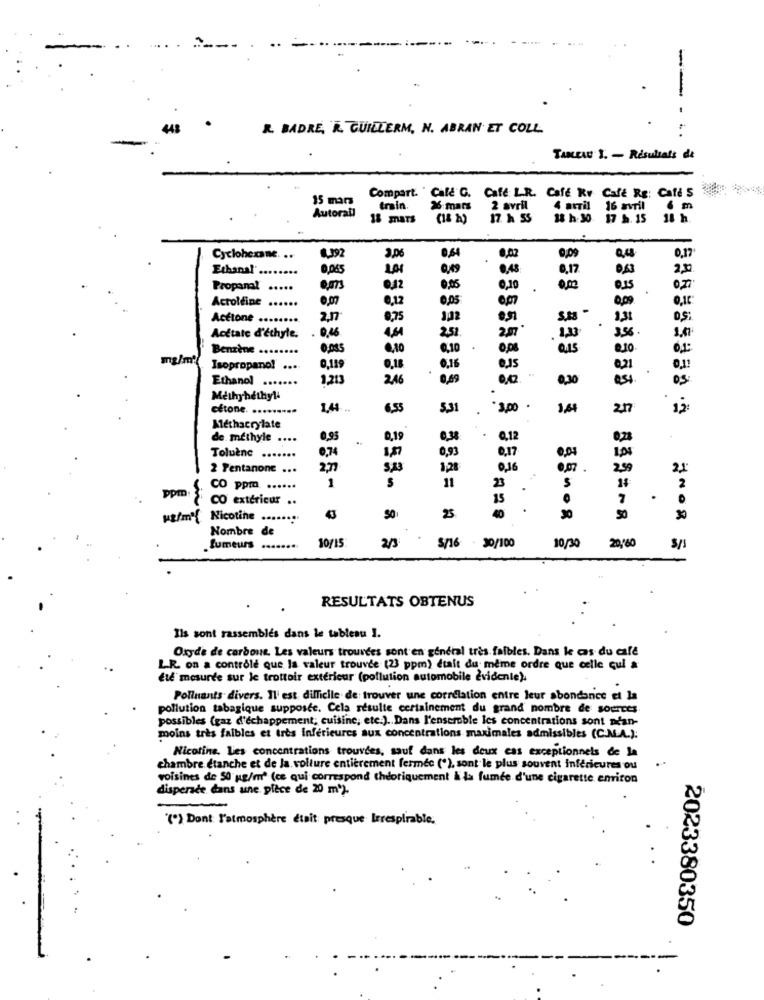
.. .
R. BADRE, R. GUILLERM, N. ABRAN ET COLL
TABLEAU I. - Résultats de
15 mars
Compart. Cale G. Cafe LR. Cafe Kr Cafe Rg: Cafe $
train.
26 mars
2 avril
4 avril
16 avril
6 m
Autorail
18 mars
(18 h)
17. h 5$
18 h:30 17 5. 15
18 h.
LI'O
Cyclohcome. ..
1,392
3,06
0,64
8,02
0,09
0,4
Ethanal ...
0,055
0,48
8,17
Propanal
.....
0,42
0,05
0,10
0,00
Actoléine ......
0,12
0,05
0,00
Actione
........
2,7
0,75
3,32
2.31
0,46
Acetate d'éthyle.
4.4
2,51
Benzène
0,10
0,10
0,ps
0,15
.10
ire
mg/ml
Isopropano!
...
0,189
0,18
0.15
0,21
Ethanol
......
1,213
2,46
0,00
0,30
Methyhethyl4
cétone. .........
1.4
6.55
5,31
.3,00 .
1,6
217
12:
Methacrylate
de méthyle ....
0,95
0,19
0,12
Toluène
.......
0,74
1,57
0,93
e,17
1,0%
2 Pentanone ...
2.77
SA
1,28
0,07 .
2,99
2,1
1
11
2
CO ppm ......
23
ppm:3:
CO extérieur ..
15
7
.
40
ug/m'{ Nicotine .......
25
30
50
30
Nombre de
20,160
fumeurs
10/15
2/3
. 30/100
10/30
S/s
RESULTATS OBTENUS
Ils sont rassemblés dans le tableau 1.
Oxyde de carbone. Les valeurs trouvées sont en général très faibles. Dans le cas du cafe
L.R. on a contrôle que la valeur trouvée (23 ppm) était du même ordre que celle qui a
été mesurée sur le trottoir extérieur (pollution automobile èvidenle).
Polluants divers. Il est difficile de trouver une correlation entre leur abondance et la
pollution tabagique supposte. Cela resulte certainement du grand nombre de sources.
possibles (gaz d'échappement; cuisine, etc.). Dans l'ensemble les concentrations sont néan-
moins très faibles et très inférieures aux concentrations maximales admissibles (C.M.A.):
Nicotine. Les concentrations trouvées, sauf dans les deux cas exceptionnels de la
chambre etanche et de la. volture entièrement fermec (*), sont le plus souvent inférieures ou
voisines de 50 g/mª (ce qui correspond théoriquement à la fumée d'une cigarette environ
dispersée dans une pièce de 20 m*).
'(*) Dont l'atmosphère était presque lerespirable,
2023380350